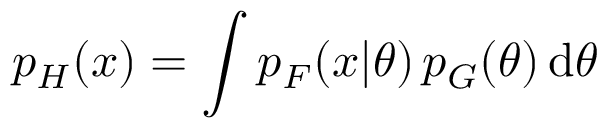
p _ { H } ( x ) = { \displaystyle \int p _ { F } ( x | \theta ) \, p _ { G } ( \theta ) \operatorname { d } \! \theta }